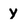
Character: y